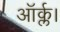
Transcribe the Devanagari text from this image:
ऑर्क्ल।